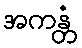
အကန္တံ